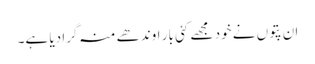
ان پتوں نے خود مجھے کئی بار اوندھے منہ گرا دیا ہے۔